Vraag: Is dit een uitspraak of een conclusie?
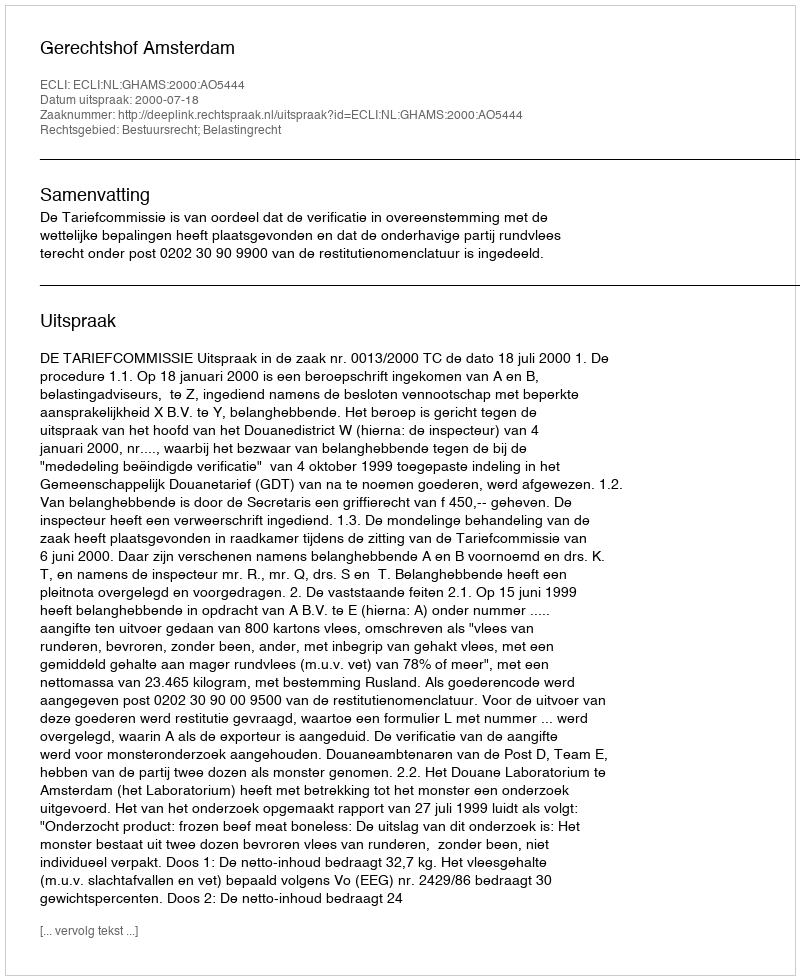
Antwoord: Uitspraak